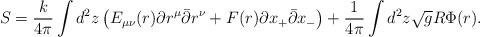
LaTeX: \begin{align*}S = \frac{k}{4\pi}\int d^2z\left( E_{\mu \nu}(r)\partial r^{\mu}\bar{\partial}r^{\nu} + F(r)\partial x_+\bar{\partial}x_- \right)+\frac{1}{4\pi}\int d^2 z \sqrt{g}R\Phi (r).\end{align*}